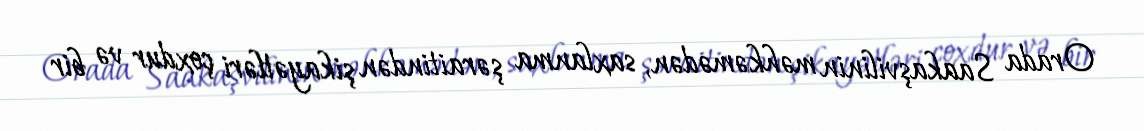
Orada Saakaşvilinin məhkəmədən, saxlanma şəraitindən şikayətləri çoxdur və bir